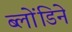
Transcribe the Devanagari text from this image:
ब्लोंडिने